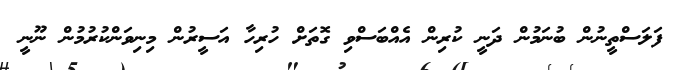
ފަލަސްތީނުން ބުނަމުން ދަނީ ކުރިން އެއްބަސްވި ގޮތަށް ހުރިހާ އަސީރުން މިނިވަންކުރުމުން ނޫނީ